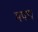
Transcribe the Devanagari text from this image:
मपध